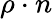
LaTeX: \rho\cdot n